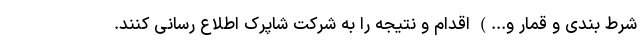
شرط بندی و قمار و...) اقدام و نتیجه را به شرکت شاپرک اطلاع رسانی کنند.